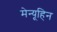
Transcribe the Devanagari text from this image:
मेन्यूहिन